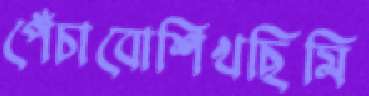
পেঁচাবোশিখছিমি